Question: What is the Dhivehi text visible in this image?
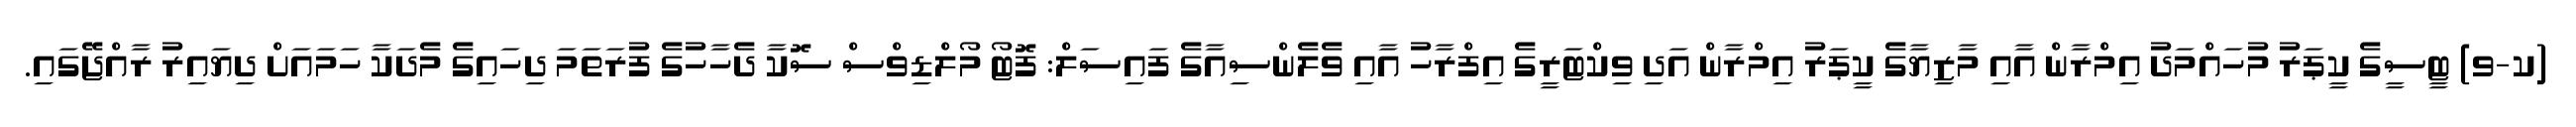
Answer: (ކ-ވ) ޓީސީގެ ކީޕަރު މުހައްމަދު އިމްރާން އާއި މާޒިޔާގެ ކީޕަރު އިމްރާން އަދި ވިކްޓަރީގެ އިފްރާހު އާއި ވެލެންސިއާގެ ފައިސަލް: ފޮޓޯ މޯލްޑިވްސް ސޮކާ ދެހާހުގެ ފުރަތަމަ ދިހައިގެ މެދަކާ ހަމައަށް ދިޔައިރު ރާއްޖޭގައި.